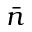
\bar { n }